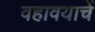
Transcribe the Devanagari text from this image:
वहावयाचें